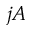
j A